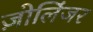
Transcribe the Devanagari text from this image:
ज़ोलिंजर